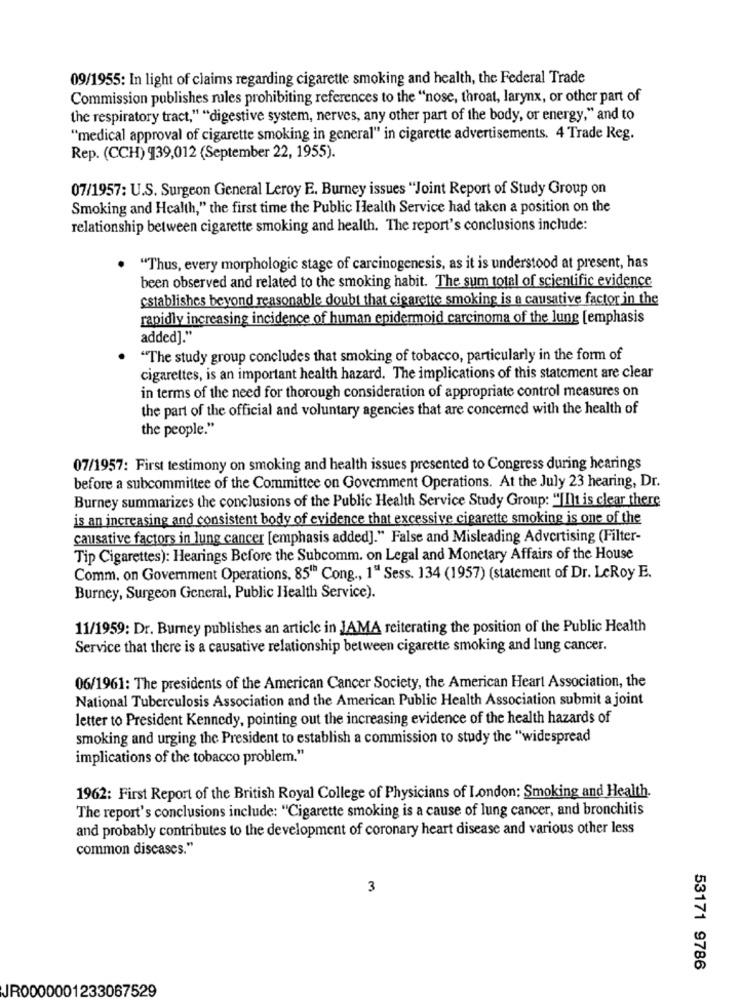
09/1955: In light of claims regarding cigarette smoking and health, the Federal Trade
Commission publishes rules prohibiting references to the "nose, throat, larynx, or other part of
the respiratory tract," "digestive system, nerves, any other part of the body, or energy," and to
"medical approval of cigarette smoking in general" in cigarette advertisements. 4 Trade Reg.
Rep. (CCH) 939,012 (September 22, 1955).
07/1957: U.S. Surgeon General Leroy E. Burney issues "Joint Report of Study Group on
Smoking and Health," the first time the Public Health Service had taken a position on the
relationship between cigarette smoking and health. The report's conclusions include:
· "Thus, every morphologic stage of carcinogenesis, as it is understood at present, has
been observed and related to the smoking habit. The sum total of scientific evidence
establishes beyond reasonable doubt that cigarette smoking is a causative factor in the
rapidly increasing incidence of human epidermoid carcinoma of the lung [emphasis
added]."
"The study group concludes that smoking of tobacco, particularly in the form of
cigarettes, is an important health hazard. The implications of this statement are clear
in terms of the need for thorough consideration of appropriate control measures on
the part of the official and voluntary agencies that are concerned with the health of
the people."
07/1957: First testimony on smoking and health issues presented to Congress during hearings
before a subcommittee of the Committee on Govemment Operations. At the July 23 hearing, Dr.
Burney summarizes the conclusions of the Public Health Service Study Group: "|Ilt is clear there
is an increasing and consistent body of evidence that excessive cigarette smoking is one of the
causative factors in lung cancer [emphasis added]." False and Misleading Advertising (Filter-
Tip Cigarettes): Hearings Before the Subcomm. on Legal and Monetary Affairs of the House
Comm. on Government Operations, 85"" Cong ., 1" Sess. 134 (1957) (statement of Dr. LeRoy E.
Burney, Surgeon General, Public Health Service).
11/1959: Dr. Burney publishes an article in JAMA reiterating the position of the Public Health
Service that there is a causative relationship between cigarette smoking and lung cancer.
06/1961: The presidents of the American Cancer Society, the American Heart Association, the
National Tuberculosis Association and the American Public Health Association submit a joint
letter to President Kennedy, pointing out the increasing evidence of the health hazards of
smoking and urging the President to establish a commission to study the "widespread
implications of the tobacco problem."
1962: First Report of the British Royal College of Physicians of London: Smoking and Health.
The report's conclusions include: "Cigarette smoking is a cause of lung cancer, and bronchitis
and probably contributes to the development of coronary heart disease and various other less
common discases."
3
53171 9786
JR0000001233067529